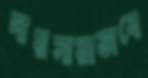
দায়সারাভাবে